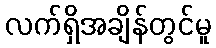
လက်ရှိအချိန်တွင်မူ